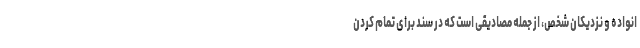
انواده و نزدیکان شخص، از جمله مصادیقی است که در سند برای تمام کردن